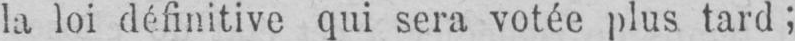
la loi définitive qui sera votée plus tard!